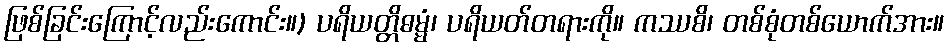
ဖြစ်ခြင်းကြောင့်လည်းကောင်း။) ပရိယတ္တိဓမ္မံ၊ ပရိယတ်တရားကို။ ကဿစိ၊ တစ်စုံတစ်ယောက်အား။